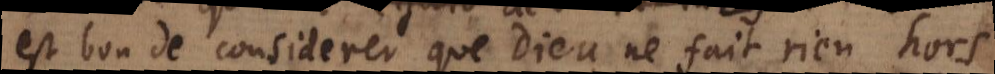
est bon de considerer que Dieu ne fait rien hors